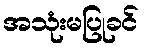
အသုံးမပြုခင်